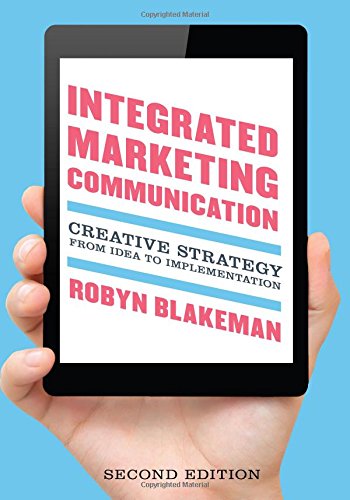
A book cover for Integrated Marketing Communication: Creative Strategy from Idea to Implementation; Robyn Blakeman; Computers & Technology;